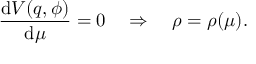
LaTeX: \frac { \mathrm { d } V ( q , \phi ) } { \mathrm { d } \mu } = 0 \quad \Rightarrow \quad \rho = \rho ( \mu ) .